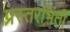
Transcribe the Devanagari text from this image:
प्रस्तरभिंती